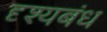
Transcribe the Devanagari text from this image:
दृश्यबंध